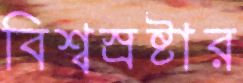
বিশ্বস্রষ্টার